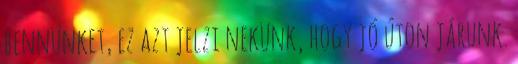
bennünket, ez azt jelzi nekünk, hogy jó úton járunk.